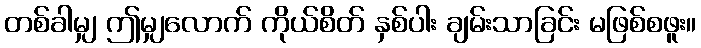
တစ်ခါမျှ ဤမျှလောက် ကိုယ်စိတ် နှစ်ပါး ချမ်းသာခြင်း မဖြစ်စဖူး။